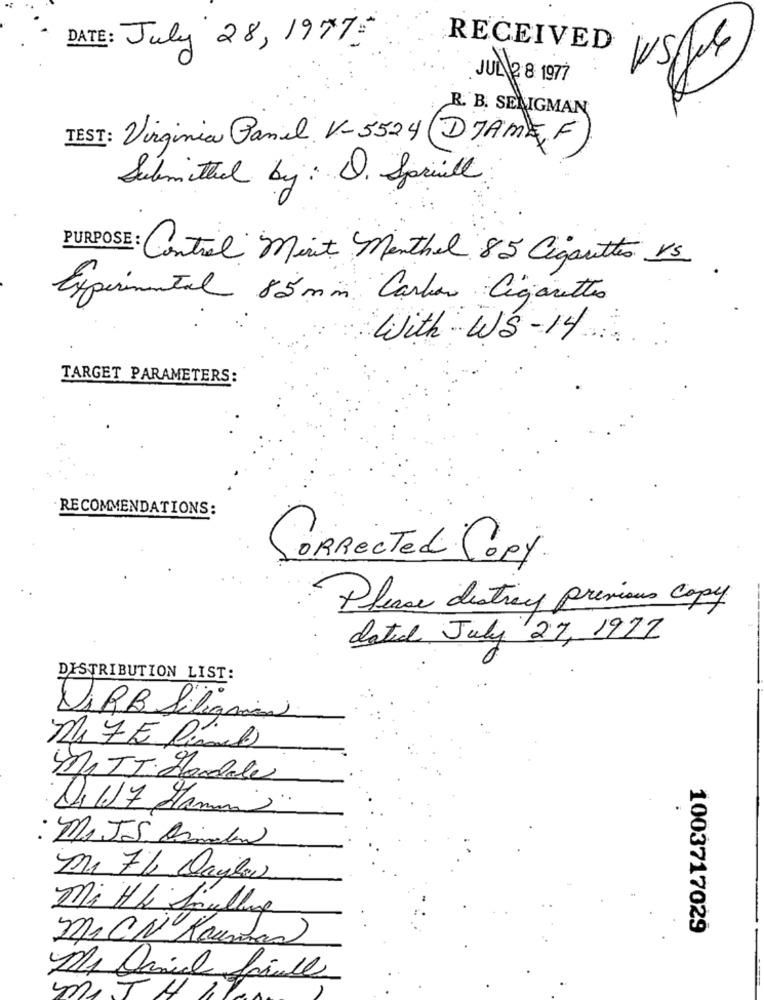
DATE: July 28, 19775
RECEIVED
JUN2 8 197
R. B. SENIGMAN
TEST: Virginia Banel V-5524 DJAMEF
Submitted by: D. Sprill
PURPOSE: Central Marit Menthol 85 Cigarettes VS
Experimental 85 mm Carlos Cigarettes
with WS-14
TARGET PARAMETERS:
RECOMMENDATIONS:
CORRECTed Copy
Please destroy previous copy
date July 27, 1972
DISTRIBUTION LIST:
Di RB Silignia
M17 E Címel
MITT Hardale
D,17 Hamm.
: MA JS. Asmalen
Mr 7% Daylas
Mi HL Smalling
1003717029
mr CN Kaumhan
MIJN